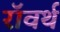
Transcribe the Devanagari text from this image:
रॉवर्थ